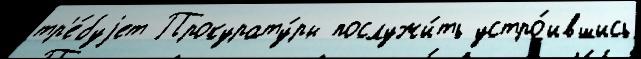
тр'е́буjет Прокурату́ры послужи́ть устро́ившись